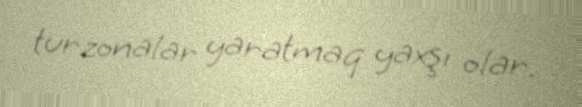
turzonalar yaratmaq yaxşı olar.